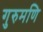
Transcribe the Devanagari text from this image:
गुरुमणि